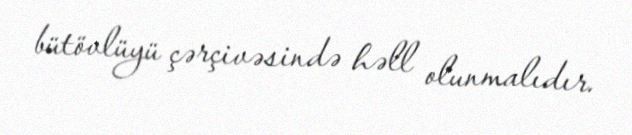
bütövlüyü çərçivəsində həll olunmalıdır.